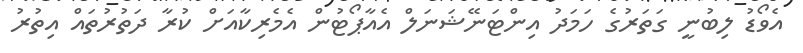
އެވޯޑު ލިބުނީ ގަތަރުގެ ހަމަދު އިންޓަނޭޝަނަލް އެއާޕޯޓުން އެމެރިކާއަށް ކުރާ ދަތުރުތައް އިތުރު